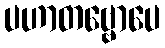
ပဟာတဗ္ဗောပေ